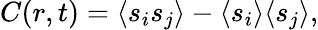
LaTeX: C(r,t)=\langle s_{i}s_{j}\rangle-\langle s_{i}\rangle\langle s_{j}\rangle,